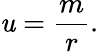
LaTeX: \mathit{u}=\frac{{m}}{{r}}.